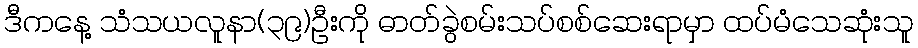
ဒီကနေ့ သံသယလူနာ(၃၉)ဦးကို ဓာတ်ခွဲစမ်းသပ်စစ်ဆေးရာမှာ ထပ်မံသေဆုံးသူ